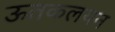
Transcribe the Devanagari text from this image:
ऊतकलयन